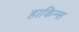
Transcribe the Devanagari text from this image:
हाकिन्स